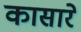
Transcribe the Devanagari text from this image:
कासारे